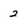
Character: 2